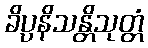
ခိပ္ပနိသန္တိသုတ္တံ